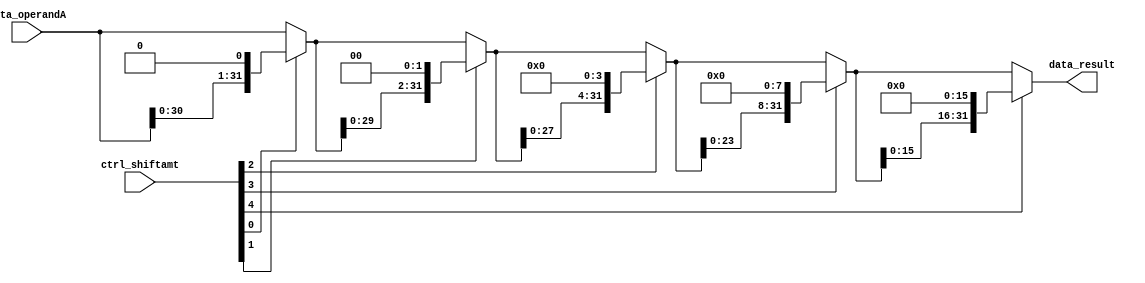
module sll(data_operandA, ctrl_shiftamt, data_result);
	input [31:0] data_operandA;
	input [4:0] ctrl_shiftamt;
	output [31:0] data_result;
	wire [31:0] result_after_shiftamt0, result_after_shiftamt1, result_after_shiftamt2, result_after_shiftamt3;
	// if ctrl_shiftamt[0]=1, left shift 2^0 bit
	assign result_after_shiftamt0 = ctrl_shiftamt[0] ? {data_operandA[30:0], 1'b0} : data_operandA;
	//if ctrl_shiftamt[1]=1, left shift 2^1 bits
	assign result_after_shiftamt1 = ctrl_shiftamt[1] ? {result_after_shiftamt0[29:0], 2'b00} : result_after_shiftamt0;
	// if ctrl_shiftamt[2]=1, left shift 2^2 bits
	assign result_after_shiftamt2 = ctrl_shiftamt[2] ? {result_after_shiftamt1[27:0], 4'b0000} : result_after_shiftamt1;
	// if ctrl_shiftamt[3]=1, left shift 2^3 bits
	assign result_after_shiftamt3 = ctrl_shiftamt[3] ? {result_after_shiftamt2[23:0], 8'b00000000} : result_after_shiftamt2;
	// if ctrl_shiftamt[4]=1, left shift 2^4 bits
	assign data_result = ctrl_shiftamt[4] ? {result_after_shiftamt3[15:0], 16'b0000000000000000} : result_after_shiftamt3;
	
endmodule